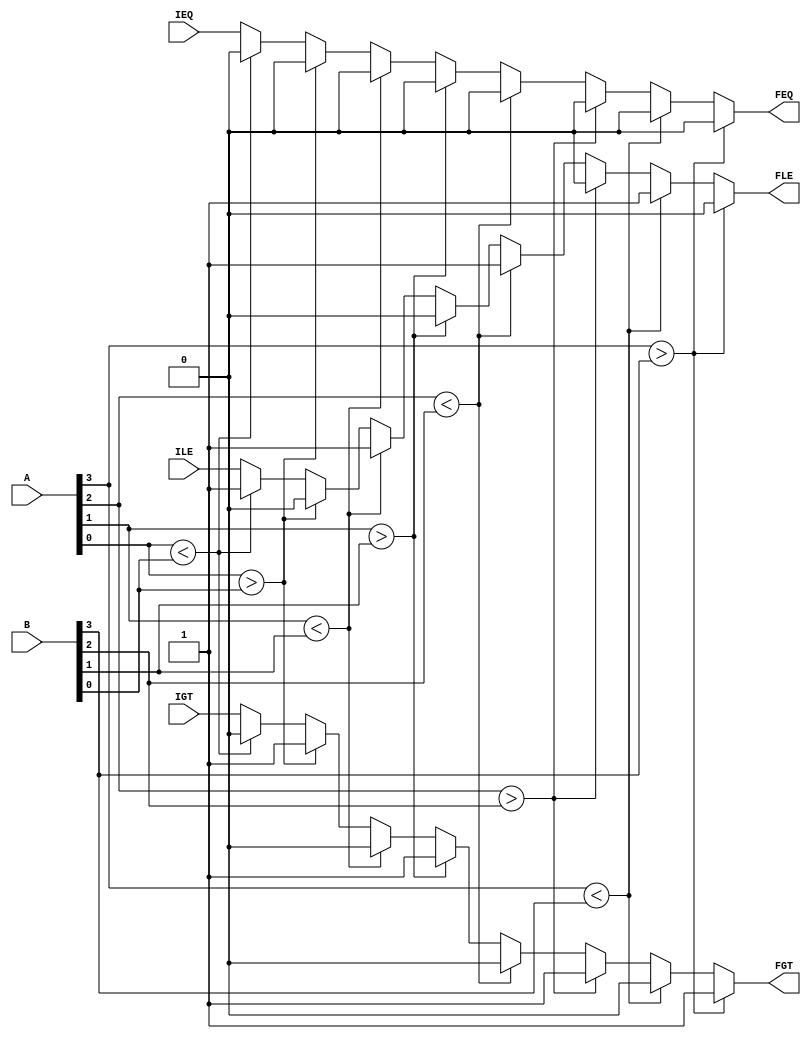
/**74HC85 4?????? **/
module comp(
  input IGT,ILE,IEQ,
  input [3:0] A,         //??????
  input [3:0] B,         //??????
  output reg FGT,FLE,FEQ           //??????????????
);
  always @ (*)
  begin
    FGT = 0;FLE = 0;FEQ = 0;
	if(A[3] > B[3])      begin FGT = 1;FLE = 0;FEQ = 0; end  //?????
    else if(A[3] < B[3]) begin FGT = 0;FLE = 1;FEQ = 0; end  //????? 
    else if(A[2] > B[2]) begin FGT = 1;FLE = 0;FEQ = 0; end  //????????????
    else if(A[2] < B[2]) begin FGT = 0;FLE = 1;FEQ = 0; end  //????????????
    else if(A[1] > B[1]) begin FGT = 1;FLE = 0;FEQ = 0; end  //??????
    else if(A[1] < B[1]) begin FGT = 0;FLE = 1;FEQ = 0; end  //??????
    else if(A[0] > B[0]) begin FGT = 1;FLE = 0;FEQ = 0; end  //??????
    else if(A[0] < B[0]) begin FGT = 0;FLE = 1;FEQ = 0; end  //??????
    else                 begin FGT = IGT;FLE = ILE;FEQ = IEQ; end  //????????????????????????
  end 	 
endmodule